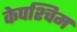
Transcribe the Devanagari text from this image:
केपश्चिम